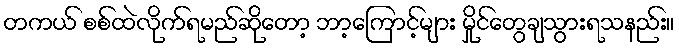
တကယ် စစ်ထဲလိုက်ရမည်ဆိုတော့ ဘာ့ကြောင့်များ မှိုင်တွေချသွားရသနည်း။